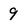
Character: 9